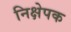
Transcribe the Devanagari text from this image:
निक्षेपक